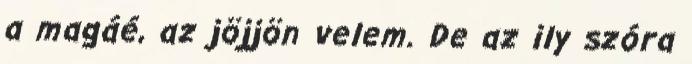
a magáé, az jöjjön velem. De az ily szóra